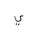
Letter: _ya